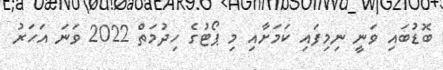
ބޮޑުބައި ވަނީ ނިމިފައި ކަމަށާއި މި ޕޯޓުގެ ހިދުމަތް 2022 ވަނަ އަހަރު